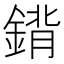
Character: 𨩈